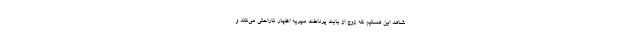
شاهد این هستیم که زوج از بابت پرداخت مهریه اظهار ناراحتی می‌کند و